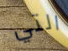
التي